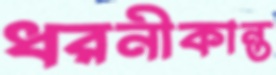
ধরনীকান্ত